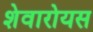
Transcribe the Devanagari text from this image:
शेवारोयस